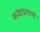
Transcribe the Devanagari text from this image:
कांद्याप्रमाणे